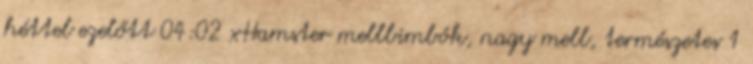
héttel ezelőtt 04:02 xHamster mellbimbók, nagy mell, természetes 1